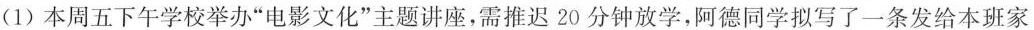
(1)本周五下午学校举办”电影文化”主题讲座，需推迟20分钟放学，阿德同学拟写了一条发给本班家